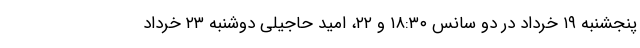
پنجشنبه ۱۹ خرداد در دو سانس ۱۸:۳۰ و ۲۲، امید حاجیلی دوشنبه ۲۳ خرداد